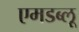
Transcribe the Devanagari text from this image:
एमडब्लू